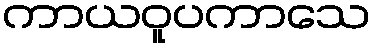
ကာယဝူပကာသေ